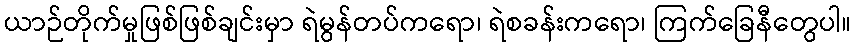
ယာဉ်တိုက်မှုဖြစ်ဖြစ်ချင်းမှာ ရဲမွန်တပ်ကရော၊ ရဲစခန်းကရော၊ ကြက်ခြေနီတွေပါ။